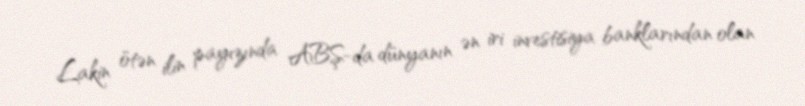
Lakin ötən ilin payızında ABŞ-da dünyanın ən iri investisiya banklarından olan